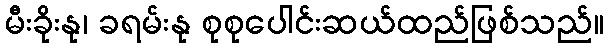
မီးခိုးနု၊ ခရမ်းနု စုစုပေါင်းဆယ်ထည်ဖြစ်သည်။